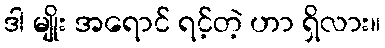
ဒါ မျိုး အရောင် ရင့်တဲ့ ဟာ ရှိလား။